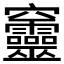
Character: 𥩔